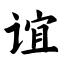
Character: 谊